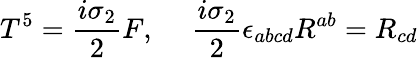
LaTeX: T^{5}={\frac{i\sigma_{2}}{2}}F,\ \ \ \ \ {\frac{i\sigma_{2}}{2}}\epsilon_{abcd}R^{ab}=R_{cd}